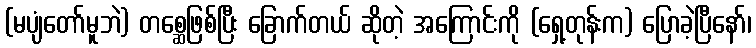
(မပျံတော်မူဘဲ) တစ္ဆေဖြစ်ပြီး ခြောက်တယ် ဆိုတဲ့ အကြောင်းကို (ရှေ့တုန်းက) ပြောခဲ့ပြီနော်၊